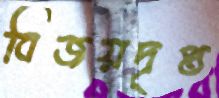
বিজয়দৃপ্ত